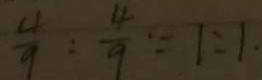
\frac { 4 } { 9 } : \frac { 4 } { 9 } \because 1 : 1 .